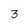
Character: 3